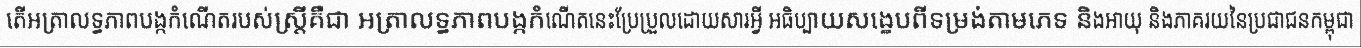
តើអត្រាលទ្ធភាពបង្កកំណើតរបស់ស្ត្រីគឺជា អត្រាលទ្ធភាពបង្កកំណើតនេះប្រែប្រួលដោយសារអ្វី អធិប្បាយសង្ខេបពីទម្រង់តាមភេទ និងអាយុ និងភាគរយនៃប្រជាជនកម្ពុជា